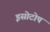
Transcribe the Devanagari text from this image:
इसोटोप